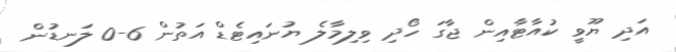
އަދި ޔޫވީ ކުއާޓާއިން ޖާގަ ހޯދި ވިލިމާލެ ޔުނައިޓެޑް އަތުން 6-0 ލަނޑުން